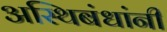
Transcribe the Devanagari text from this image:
अस्थिबंधांनी